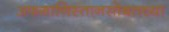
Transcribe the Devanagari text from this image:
अफगाणिस्तानसोबतच्या